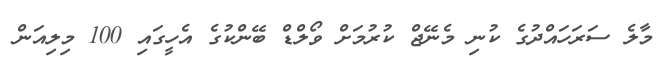
މާލެ ސަރަހައްދުގެ ކުނި މެނޭޖް ކުރުމަށް ވޯލްޑް ބޭންކުގެ އެހީގައި 100 މިލިއަން